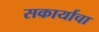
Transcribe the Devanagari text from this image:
सकार्याचा